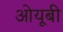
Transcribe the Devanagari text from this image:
ओयूबी